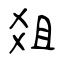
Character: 爼